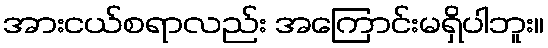
အားငယ်စရာလည်း အကြောင်းမရှိပါဘူး။